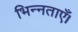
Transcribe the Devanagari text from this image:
भिन्नताएँ।